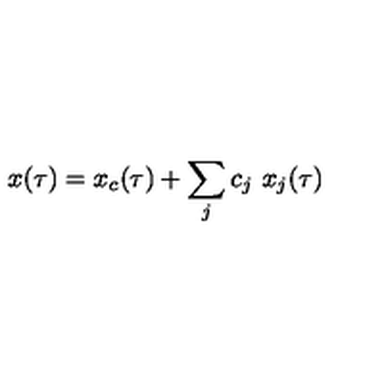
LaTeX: x ( \tau ) = x _ { c } ( \tau ) + \sum _ { j } c _ { j } \ x _ { j } ( \tau )